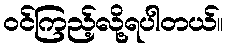
ဝင်ကြည့်လို့ရပါတယ်။